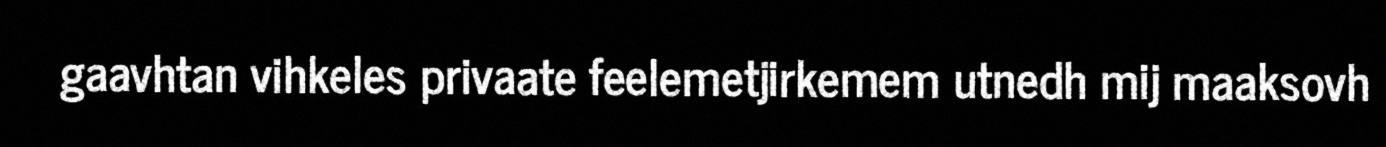
gaavhtan vihkeles privaate feelemetjirkemem utnedh mij maaksovh